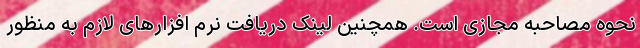
نحوه مصاحبه مجازی است. همچنین لینک دریافت نرم افزارهای لازم به منظور